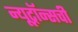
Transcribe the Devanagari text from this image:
न्यूट्रॉन्सची